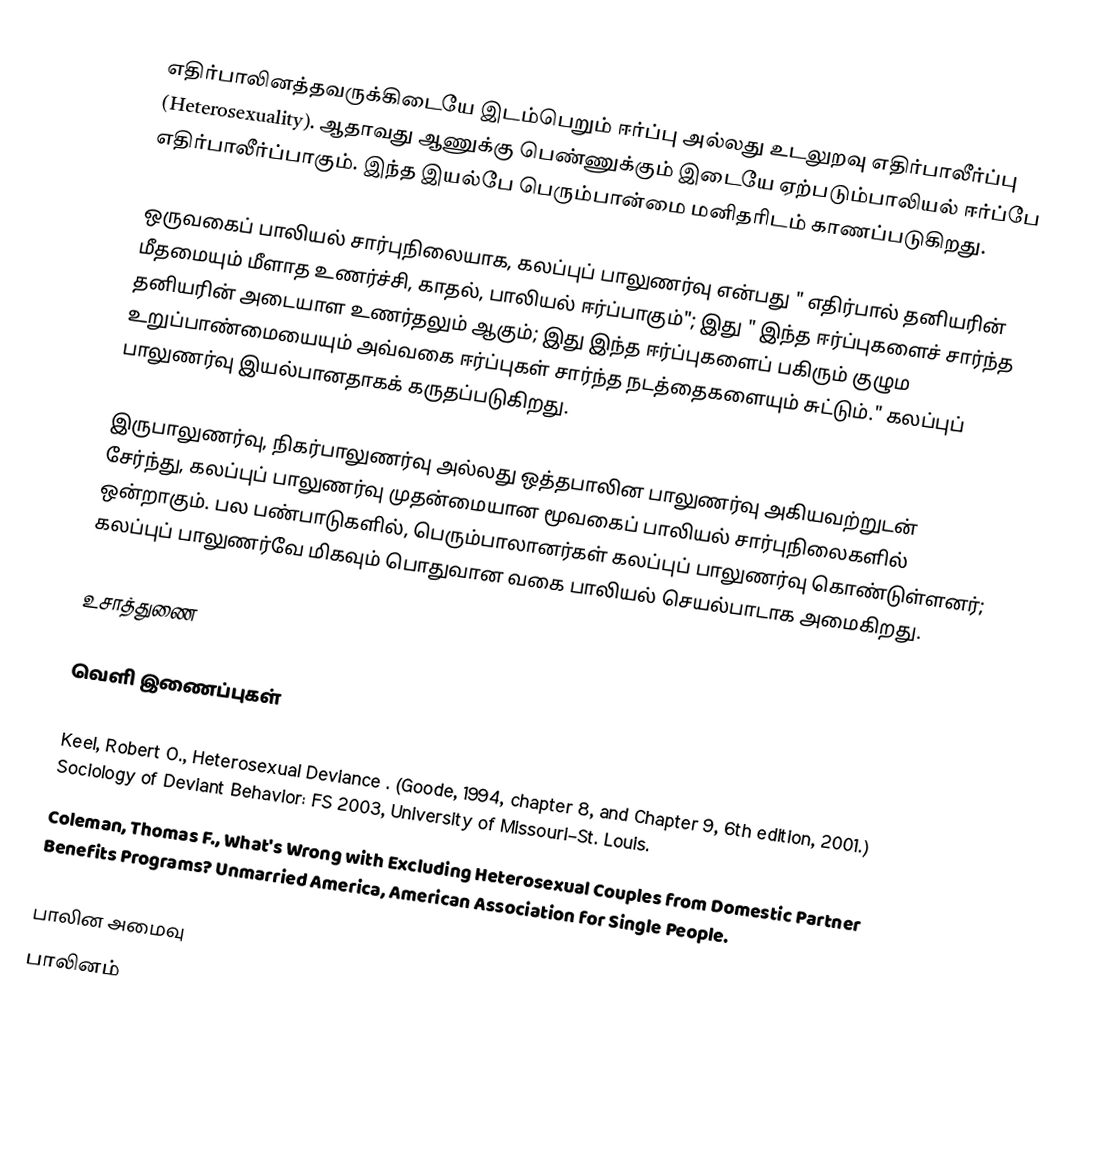
எதிர்பாலினத்தவருக்கிடையே இடம்பெறும் ஈர்ப்பு அல்லது உடலுறவு எதிர்பாலீர்ப்பு (Heterosexuality). ஆதாவது ஆணுக்கு பெண்ணுக்கும் இடையே ஏற்படும்பாலியல் ஈர்ப்பே எதிர்பாலீர்ப்பாகும். இந்த இயல்பே பெரும்பான்மை மனிதரிடம் காணப்படுகிறது.

ஒருவகைப் பாலியல் சார்புநிலையாக, கலப்புப் பாலுணர்வு என்பது " எதிர்பால் தனியரின் மீதமையும் மீளாத உணர்ச்சி, காதல், பாலியல் ஈர்ப்பாகும்"; இது " இந்த ஈர்ப்புகளைச் சார்ந்த தனியரின்  அடையாள உணர்தலும் ஆகும்; இது இந்த ஈர்ப்புகளைப் பகிரும் குழும உறுப்பாண்மையையும் அவ்வகை ஈர்ப்புகள் சார்ந்த நடத்தைகளையும் சுட்டும்." கலப்புப் பாலுணர்வு இயல்பானதாகக் கருதப்படுகிறது.

இருபாலுணர்வு, நிகர்பாலுணர்வு அல்லது ஒத்தபாலின பாலுணர்வு  அகியவற்றுடன் சேர்ந்து, கலப்புப் பாலுணர்வு முதன்மையான மூவகைப் பாலியல் சார்புநிலைகளில் ஒன்றாகும். பல பண்பாடுகளில், பெரும்பாலானர்கள் கலப்புப் பாலுணர்வு கொண்டுள்ளனர்; கலப்புப் பாலுணர்வே மிகவும் பொதுவான வகை பாலியல் செயல்பாடாக அமைகிறது.

உசாத்துணை

வெளி இணைப்புகள்

 Keel, Robert O., Heterosexual Deviance . (Goode, 1994, chapter 8, and Chapter 9, 6th edition, 2001.) Sociology of Deviant Behavior: FS 2003, University of Missouri–St. Louis.
 Coleman, Thomas F., What's Wrong with Excluding Heterosexual Couples from Domestic Partner Benefits Programs? Unmarried America, American Association for Single People.

பாலின அமைவு
பாலினம்